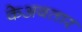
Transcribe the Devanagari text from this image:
केअवतार